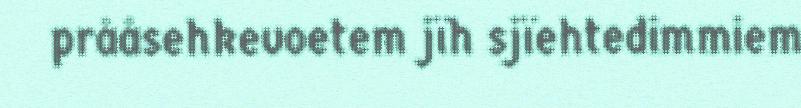
prååsehkevoetem jïh sjïehtedimmiem